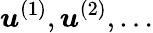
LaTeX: \boldsymbol{u}^{(1)},\boldsymbol{u}^{(2)},\ldots